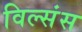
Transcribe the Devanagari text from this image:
विल्संस